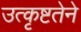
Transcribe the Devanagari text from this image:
उत्कृष्टतेने